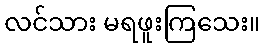
လင်သား မရဖူးကြသေး။